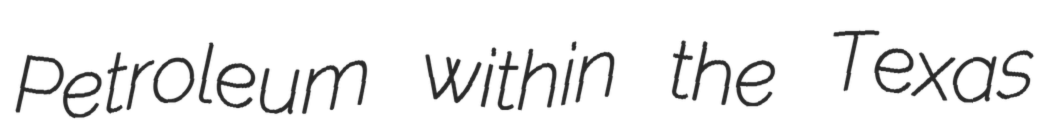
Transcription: Petroleum within the Texas